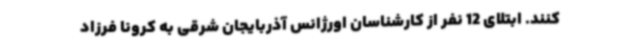
کنند. ابتلای 12 نفر از کارشناسان اورژانس آذربایجان شرقی به کرونا فرزاد